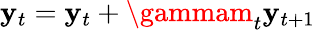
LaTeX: \mathbf{y}_{t}=\mathbf{y}_{t}+\gammam_{t}\mathbf{y}_{t+1}